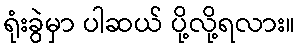
ရုံးခွဲမှာ ပါဆယ် ပို့လို့ရလား။